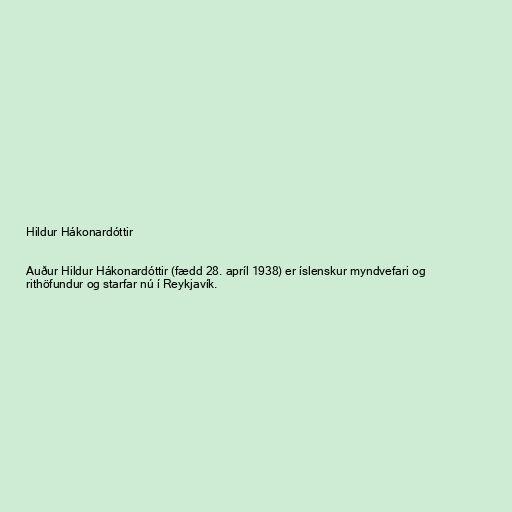
Hildur Hákonardóttir

Auður Hildur Hákonardóttir (fædd 28. apríl 1938) er íslenskur myndvefari og
rithöfundur og starfar nú í Reykjavík.